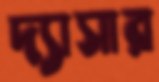
দ্যাসার